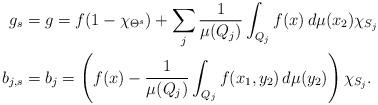
LaTeX: \begin{align*}g_{s}&=g=f(1-\chi_{\Theta^{s}})+\sum_j\frac{1}{\mu(Q_j)}\int_{Q_j}f(x)\,d\mu(x_2)\chi_{S_j}\\b_{j,s}&=b_j=\left(f(x)-\frac{1}{\mu(Q_j)}\int_{Q_j}f(x_1,y_2)\,d\mu(y_2)\right)\chi_{S_j}.\end{align*}